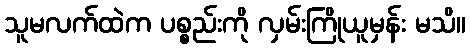
သူမလက်ထဲက ပစ္စည်းကို လှမ်းကြိုယူမှန်း မသိ။